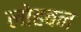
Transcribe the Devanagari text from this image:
लोहबन